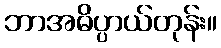
ဘာအဓိပ္ပာယ်တုန်း။